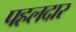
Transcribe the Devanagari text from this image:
पहलदार